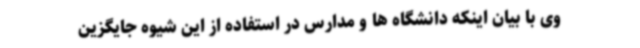
وی با بیان اینکه دانشگاه ها و مدارس در استفاده از این شیوه جایگزین